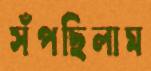
সঁপছিলাম